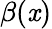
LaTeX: \beta(\mathit{x})